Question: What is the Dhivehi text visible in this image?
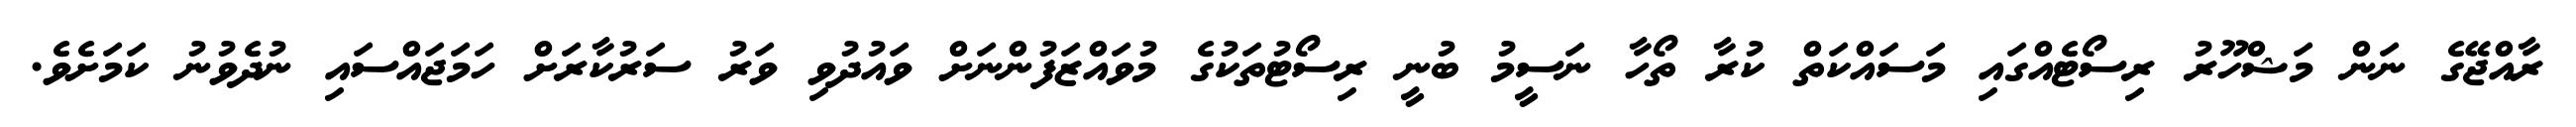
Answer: ރާއްޖޭގެ ނަން މަޝްހޫރު ރިސޯޓެއްގައި މަސައްކަތް ކުރާ ތޯހާ ނަސީމު ބުނީ ރިސޯޓުތަކުގެ މުވައްޒަފުންނަށް ވައުދުވި ވަރު ސަރުކާރަށް ހަމަޖައްސައި ނުދެވުނު ކަމަށެވެ.